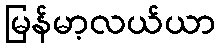
မြန်မာ့လယ်ယာ